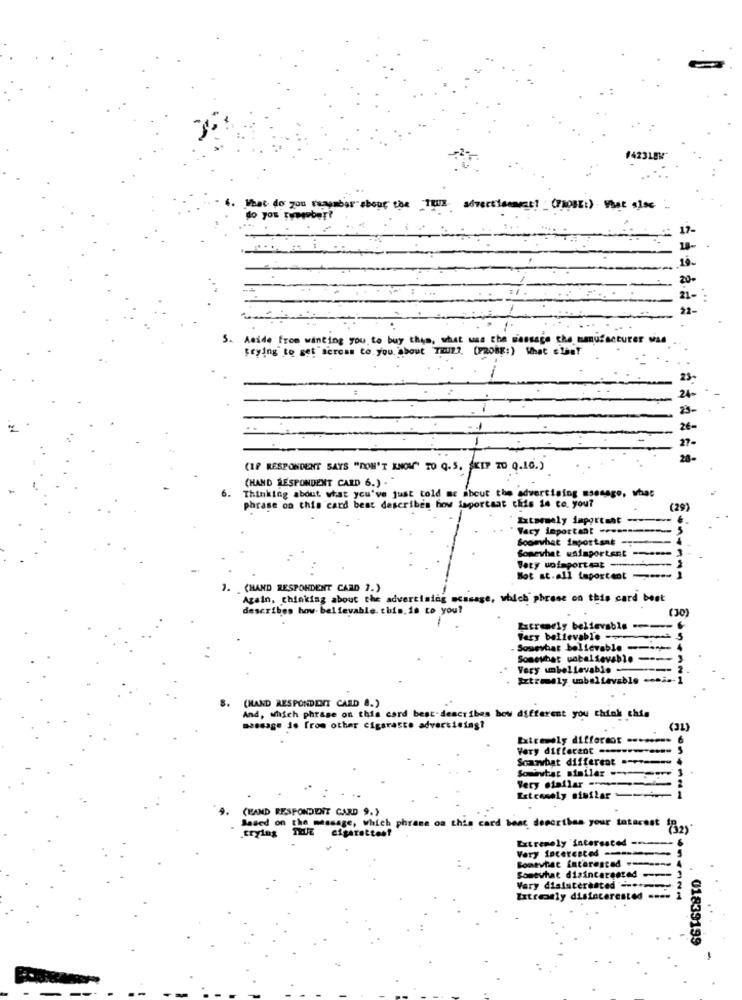
#42318
4. What do you reambos about che Taux advectionmen! (PROBE:) that sise
do you rymguber?
: ...
...
5. Aside from wanting you to buy this, what was the message the manufacturer was
trying to get sercan to you. about TRUZ ?. [F20BE:) What sleet
23.
24.
26-
27-
(IP RESPONDENT SAYS "DON'T KNOW" TO 0.5. "KIT TO 0.10.)
(HAND RESPONDENT CARD 6.) ."
6.
Thinking about what you've just told me about the advertising massage, what
phrase on this card best describes how isportaat this is co. you?
(29)
Xxtsesely important ------..
" Very important ...-----------
Soomvhet important ----- 4
Somewhat waimportent ------
Sety unimportant ------*
Not at all Seportent )
1. (HAND RESPONDENT CARD ".)
Again, thinking about the advertising scasage, which phrase on this card best
describes how believable. this.10 to you?
(30)
Extremely believable -----
Fary believable ------ > 5
Somewhat believable ----- 4
Somewhat unbelievable ----
Very unbelievable-
Extremely unbelievable
8. (MAND RESPONDENT CARD 8.)
And, which phrase on this card best-describes how different you think chia
message de from other cigaraste advertising?
(31)
Extremely differmot .......
Very different ..----------
Scanvbat different .------
Very otallar -
Sominvitar similar ..
Extremely sistlar
(KAND RESPONDENT CARD 9.)
Based on the message, which phrase on this card beat describen your interest
trying
Extremely interested -
Very Interested ------
Somewhat interested ------
Somewhat disinterested ---- 3
Vary disinterested ...
Extreonly disinterested ....
01839199